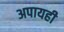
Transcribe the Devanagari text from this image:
अपायही